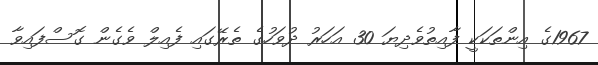
1967ގެ އިންތަކަކީ ފާއިތުވެދިޔަ 30 އަހަރު ދުވަހުގެ ތެރޭގައި ފެއިލް ވެގެން ގޮސްފައިވާ